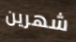
شهرين